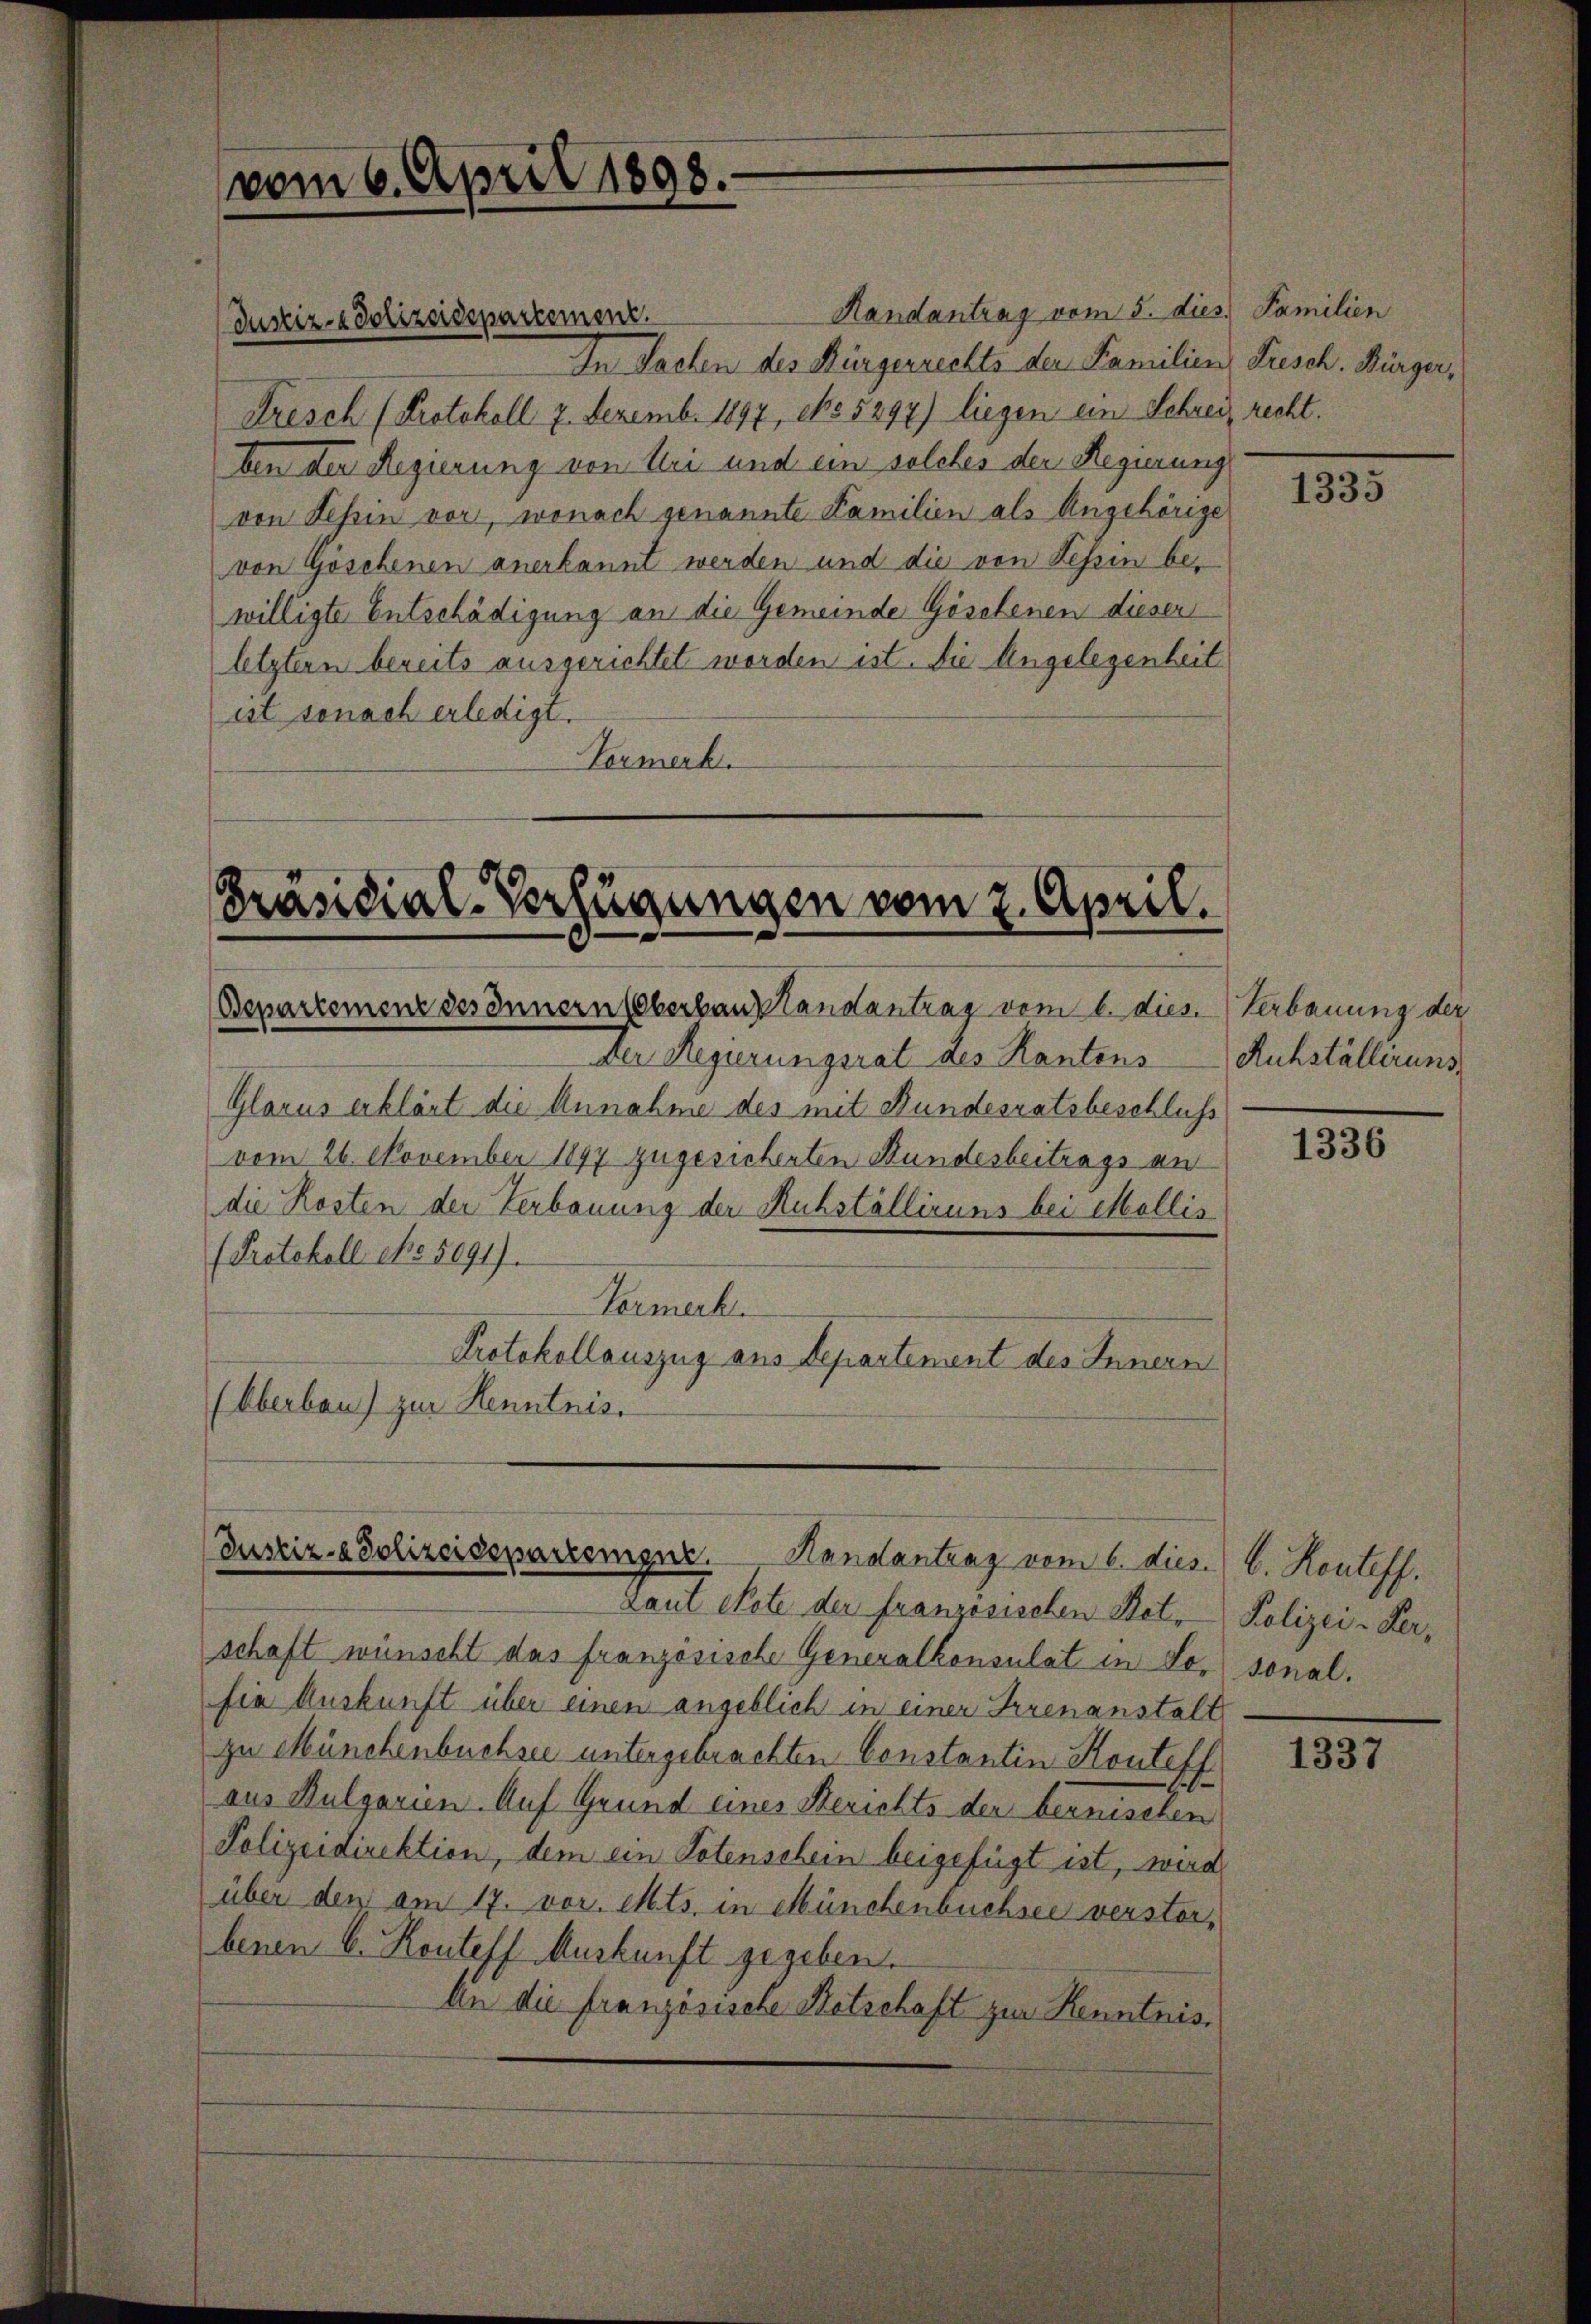
Handantrag vom 5. dies Familien
In Sachen des Bürgerrechts der Familien Frisch. Bürger,
Dresch (Protokoll 2. Dezemb. 1897, No 5297) liegen ein Schrei recht.
ben der Regierung von Uri und ein solches der Regierung
von Tessin vor, wonach genannte Familien als Angehörige
von Goschenen anerkannt werden und die von Tessin be-
willigte Entschädigung an die Gemeinde Geselenen dieser
letztern bereits ausgerichtet worden ist. Die Angelegenheit
ist sonach erledigt.
Vormerk.

Justiz- & Polizeidepartement.

Präsidial-Verfügungen vom 2. April.
Bepartemenz des Innern Oberbau andantrag vom 6. dies. Verbauung der

vom 6. April 1898.

Der Regierungsrat des Kantons
Glarus erklärt die Annahme des mit Bundesratsbeschluß
vom 26. November 1897 zugesicherten Bundesbeitrags an
die Kosten der Verbauung der Ruhstálliruns bei Mollis
(Protokoll No 5091).
Hermerk
Protokollauszug aus Departement des Innern
(Oberbau) zur Kenntnis.

Justiz- & Polizeidepartement.
Randantrag vom 6. dies C. Konteff.

zaut stete der französischen Bet-Polizei- Verschaft wünscht das französische Generalkonsulat in Sor sonal.
sie Auskunft über einen angeblich in einer Irrenanstalt
zu Münchenbuchsee untergebrachten Constantin Konteff
aus Kulgarin. Auf Grund eines Berichts der bernischen
Polizeidirektion, dem ein Totenschein beigefügt ist, wird,
über den am 17. vor. Mts. in Münchenbuchsee verstorbenen 6. Routeff Auskunft gegeben.
An die französische Retschaft zur Kenntnis.

1335

Ruhställirung

1336

1337